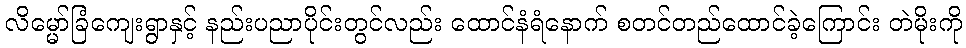
လိမ္မော်ခြံကျေးရွာနှင့် နည်းပညာပိုင်းတွင်လည်း ထောင်နံရံနောက် စတင်တည်ထောင်ခဲ့ကြောင်း တဲမိုးကို